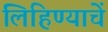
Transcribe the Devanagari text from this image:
लिहिण्याचें